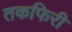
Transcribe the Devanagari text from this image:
तकफिरी